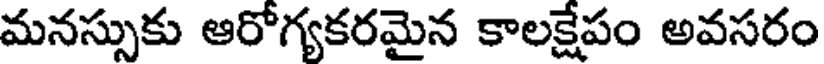
మనస్సుకు ఆరోగ్యకరమైన కాలక్షేపం అవసరం